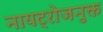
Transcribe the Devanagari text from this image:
नायट्रोजनुक्त